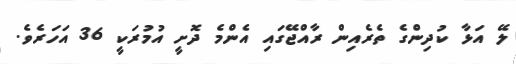
ލޭ އަޅާ ކުދިންގެ ތެރެއިން ރާއްޖޭގައި އެންމެ ދޮށީ އުމުރަކީ 36 އަހަރެވެ.